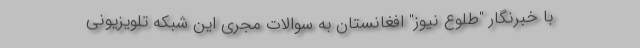
با خبرنگار "طلوع نیوز" افغانستان به سوالات مجری این شبکه تلویزیونی